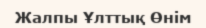
Жалпы Ұлттық Өнім